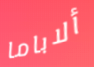
ألاباما